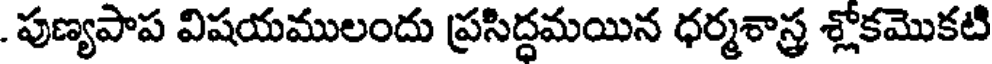
. పుణ్యపాప విషయములందు ప్రసిద్దమయిన ధర్మశాస్త్ర శ్లోకమొకటి